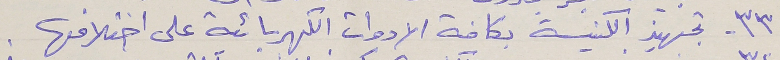
٣٣ - تجهيز الكنيسة بكافة الادوات الكهربائية على اختلافها .